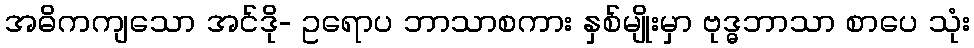
အဓိကကျသော အင်ဒို- ဥရောပ ဘာသာစကား နှစ်မျိုးမှာ ဗုဒ္ဓဘာသာ စာပေ သုံး